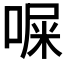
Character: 𪡨